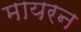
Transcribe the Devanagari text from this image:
मायरन